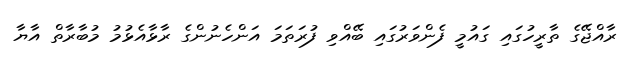
ރާއްޖޭގެ ތާރީހުގައި ގައުމީ ފެންވަރުގައި ބޭއްވި ފުރަތަމަ އަންހެނުންގެ ރާޅާއެޅުމު މުބާރާތް އާޔާ